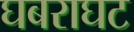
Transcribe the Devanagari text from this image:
घबराघट